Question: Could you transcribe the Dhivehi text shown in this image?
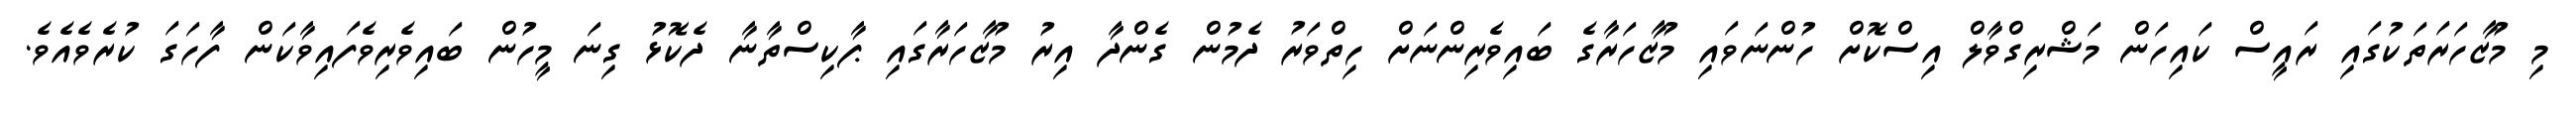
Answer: މި މުޒާހަރަތަކުގައި ރައީސް ކައިހަން މަޝްރިގްވާލް އިސްކޮށް ހުންނަވައި މުޒާހަރާގެ ބައިވެރިންނަށް ހިތްވަރު ދެމުން ގެންދާ އިރު މުޒާހަރާގައި ޕާކިސްތާނާ ދެކޮޅު ގިނަ މީހުން ބައިވެރިވެފައިވާކަން ފާހަގަ ކުރެވެއެވެ.